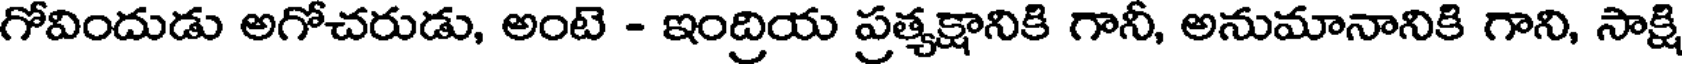
గోవిందుడు అగోచరుడు, అంటె - ఇంద్రియ ప్రత్యక్షానికి గానీ, అనుమానానికి గాని, సాక్షి